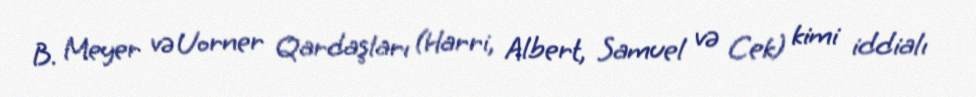
B. Meyer və Uorner Qardaşları (Harri, Albert, Samuel və Cek) kimi iddialı